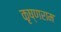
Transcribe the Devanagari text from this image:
कृष्णराम